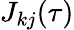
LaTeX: J_{kj}(\tau)